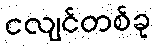
ငလျင်တစ်ခု